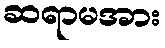
ဆရာမအား